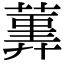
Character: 𦻠